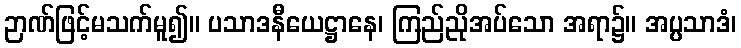
ဉာဏ်ဖြင့်မသက်မူ၍။ ပသာဒနီယေဋ္ဌာနေ၊ ကြည်ညိုအပ်သော အရာ၌။ အပ္ပသာဒံ၊